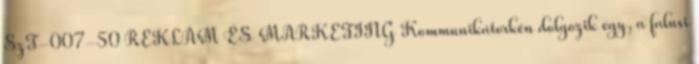
SzT-007-50 REKLÁM ÉS MARKETING Kommunikátorkén dolgozik egy, a falusi